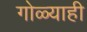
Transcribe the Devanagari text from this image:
गोळ्याही